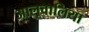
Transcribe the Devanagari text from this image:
आलूवालिया